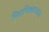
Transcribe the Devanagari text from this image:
मिठापिकवण्याचा